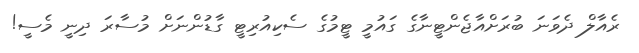
ރެއާލް ދެވަނަ ބުރަށްއާޖެންޓީނާގެ ގައުމީ ޓީމުގެ ސެކިއުރިޓީ ގާޑުންނަށް މުސާރަ ދިނީ މެސީ!